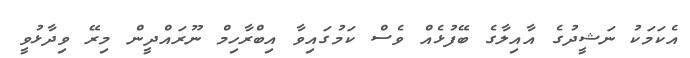
އެކަމަކު ނަޝީދުގެ އާއިލާގެ ބޭފުޅެއް ވެސް ކަމުގައިވާ އިބްރާހިމް ނޫރައްދީން މިރޭ ވިދާޅުވީ